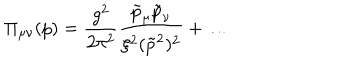
\Pi _ { \mu \nu } ( p ) = \frac { g ^ { 2 } } { 2 \pi ^ { 2 } } \frac { \tilde { p } _ { \mu } \tilde { p } _ { \nu } } { \xi ^ { 2 } ( \tilde { p } ^ { 2 } ) ^ { 2 } } + \ldots